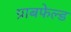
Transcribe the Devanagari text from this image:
ग्राबफेल्ड